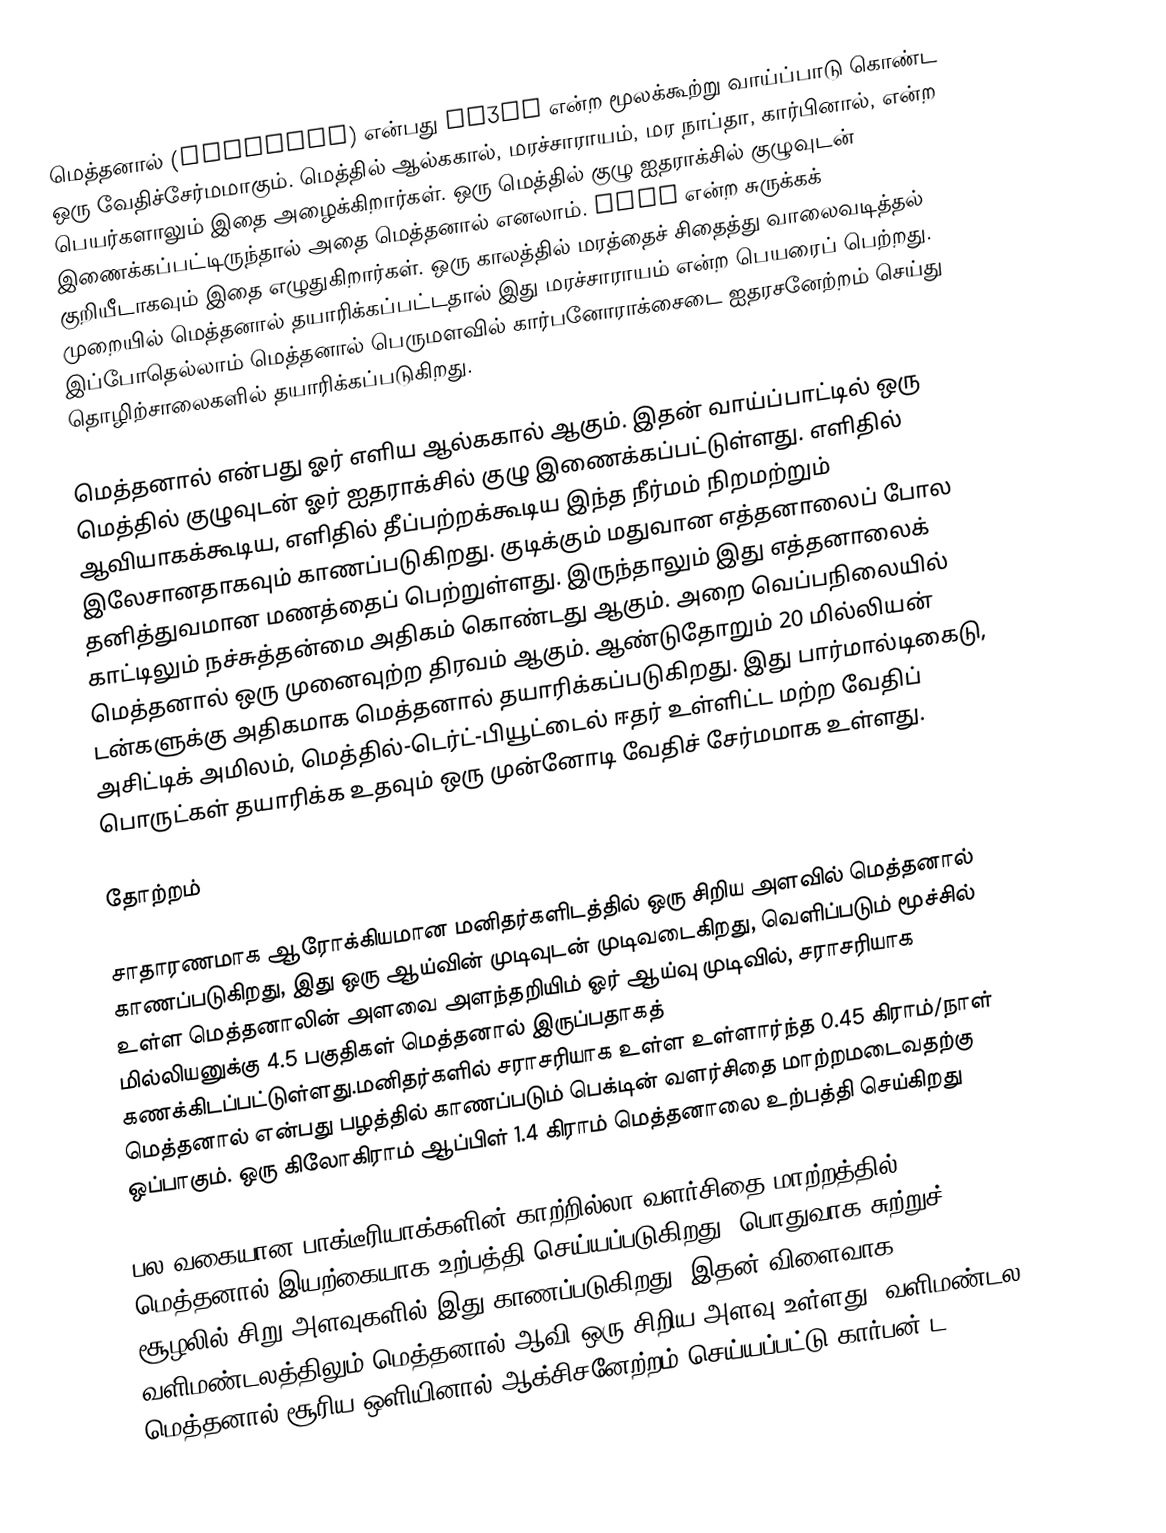
மெத்தனால் (Methanol) என்பது CH3OH என்ற மூலக்கூற்று வாய்ப்பாடு கொண்ட ஒரு வேதிச்சேர்மமாகும். மெத்தில் ஆல்ககால், மரச்சாராயம், மர நாப்தா, கார்பினால், என்ற பெயர்களாலும் இதை அழைக்கிறார்கள். ஒரு மெத்தில் குழு ஐதராக்சில் குழுவுடன் இணைக்கப்பட்டிருந்தால் அதை மெத்தனால் எனலாம். MeOH என்ற சுருக்கக் குறியீடாகவும் இதை எழுதுகிறார்கள். ஒரு காலத்தில் மரத்தைச் சிதைத்து வாலைவடித்தல் முறையில் மெத்தனால் தயாரிக்கப்பட்டதால் இது மரச்சாராயம் என்ற பெயரைப் பெற்றது. இப்போதெல்லாம் மெத்தனால்  பெருமளவில் கார்பனோராக்சைடை ஐதரசனேற்றம் செய்து தொழிற்சாலைகளில் தயாரிக்கப்படுகிறது.

மெத்தனால் என்பது ஓர் எளிய ஆல்ககால் ஆகும்.  இதன் வாய்ப்பாட்டில் ஒரு மெத்தில் குழுவுடன் ஓர் ஐதராக்சில் குழு இணைக்கப்பட்டுள்ளது. எளிதில் ஆவியாகக்கூடிய, எளிதில் தீப்பற்றக்கூடிய இந்த நீர்மம் நிறமற்றும் இலேசானதாகவும் காணப்படுகிறது. குடிக்கும் மதுவான எத்தனாலைப் போல தனித்துவமான மணத்தைப் பெற்றுள்ளது. இருந்தாலும் இது எத்தனாலைக் காட்டிலும் நச்சுத்தன்மை அதிகம் கொண்டது ஆகும். அறை வெப்பநிலையில் மெத்தனால் ஒரு முனைவுற்ற  திரவம் ஆகும். ஆண்டுதோறும்  20 மில்லியன் டன்களுக்கு அதிகமாக மெத்தனால் தயாரிக்கப்படுகிறது. இது பார்மால்டிகைடு, அசிட்டிக் அமிலம், மெத்தில்-டெர்ட்-பியூட்டைல் ஈதர் உள்ளிட்ட மற்ற வேதிப் பொருட்கள் தயாரிக்க உதவும் ஒரு முன்னோடி வேதிச் சேர்மமாக உள்ளது.

தோற்றம்

சாதாரணமாக ஆரோக்கியமான மனிதர்களிடத்தில் ஒரு சிறிய அளவில் மெத்தனால் காணப்படுகிறது, இது ஒரு ஆய்வின் முடிவுடன் முடிவடைகிறது,  வெளிப்படும் மூச்சில் உள்ள மெத்தனாலின் அளவை அளந்தறியிம் ஓர் ஆய்வு முடிவில், சராசரியாக மில்லியனுக்கு 4.5 பகுதிகள் மெத்தனால் இருப்பதாகத் கணக்கிடப்பட்டுள்ளது.மனிதர்களில் சராசரியாக உள்ள உள்ளார்ந்த 0.45 கிராம்/நாள் மெத்தனால் என்பது பழத்தில் காணப்படும் பெக்டின்  வளர்சிதை மாற்றமடைவதற்கு ஒப்பாகும்.  ஒரு கிலோகிராம் ஆப்பிள் 1.4 கிராம் மெத்தனாலை உற்பத்தி செய்கிறது

பல வகையான பாக்டீரியாக்களின் காற்றில்லா வளர்சிதை மாற்றத்தில் மெத்தனால் இயற்கையாக உற்பத்தி செய்யப்படுகிறது. பொதுவாக சுற்றுச் சூழலில் சிறு அளவுகளில் இது காணப்படுகிறது.  இதன் விளைவாக  வளிமண்டலத்திலும்  மெத்தனால் ஆவி ஒரு சிறிய அளவு உள்ளது. வளிமண்டல மெத்தனால் சூரிய ஒளியினால் ஆக்சிசனேற்றம் செய்யப்பட்டு  கார்பன் ட